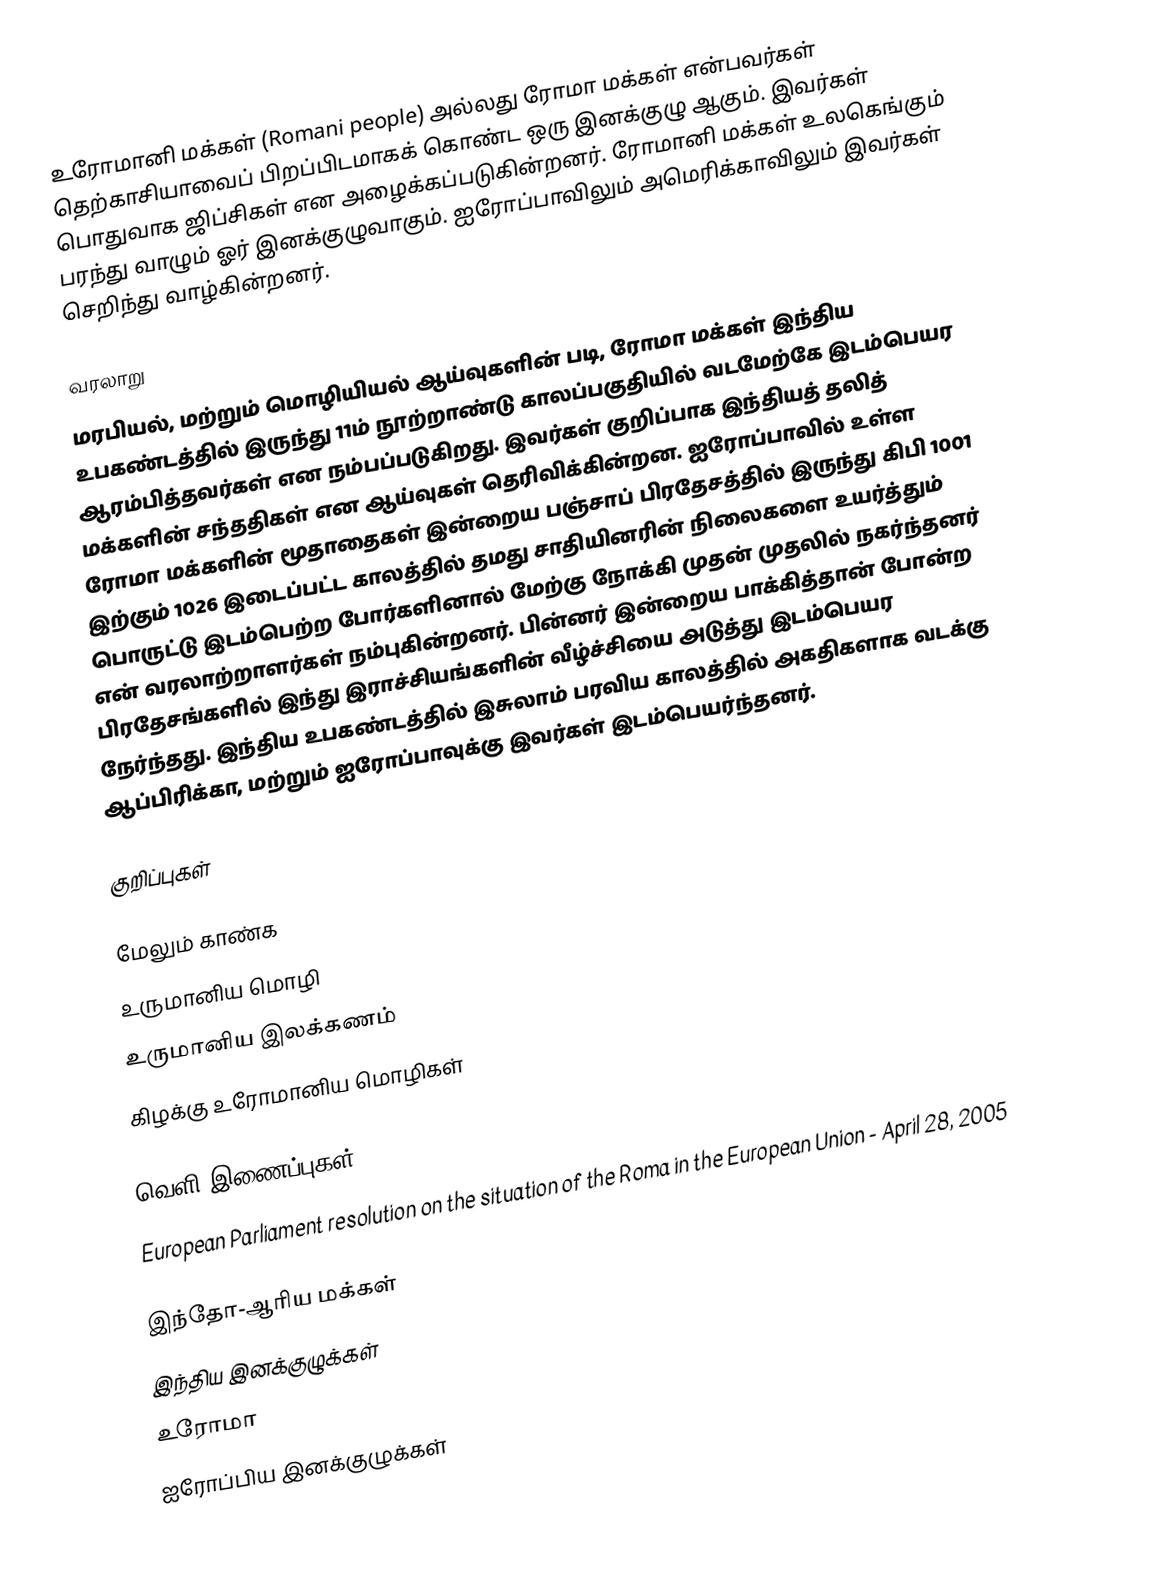
உரோமானி மக்கள் (Romani people) அல்லது ரோமா மக்கள் என்பவர்கள் தெற்காசியாவைப் பிறப்பிடமாகக் கொண்ட ஒரு இனக்குழு ஆகும். இவர்கள் பொதுவாக ஜிப்சிகள் என அழைக்கப்படுகின்றனர். ரோமானி மக்கள் உலகெங்கும் பரந்து வாழும் ஓர் இனக்குழுவாகும். ஐரோப்பாவிலும் அமெரிக்காவிலும் இவர்கள் செறிந்து வாழ்கின்றனர்.

வரலாறு
மரபியல், மற்றும் மொழியியல் ஆய்வுகளின் படி, ரோமா மக்கள் இந்திய உபகண்டத்தில் இருந்து 11ம் நூற்றாண்டு காலப்பகுதியில் வடமேற்கே இடம்பெயர ஆரம்பித்தவர்கள் என நம்பப்படுகிறது. இவர்கள் குறிப்பாக இந்தியத் தலித் மக்களின் சந்ததிகள் என ஆய்வுகள் தெரிவிக்கின்றன. ஐரோப்பாவில் உள்ள ரோமா மக்களின் மூதாதைகள் இன்றைய பஞ்சாப் பிரதேசத்தில் இருந்து கிபி 1001 இற்கும் 1026 இடைப்பட்ட காலத்தில் தமது சாதியினரின் நிலைகளை உயர்த்தும் பொருட்டு இடம்பெற்ற போர்களினால் மேற்கு நோக்கி முதன் முதலில் நகர்ந்தனர் என் வரலாற்றாளர்கள் நம்புகின்றனர். பின்னர் இன்றைய பாக்கித்தான் போன்ற பிரதேசங்களில் இந்து இராச்சியங்களின் வீழ்ச்சியை அடுத்து இடம்பெயர நேர்ந்தது. இந்திய உபகண்டத்தில் இசுலாம் பரவிய காலத்தில் அகதிகளாக வடக்கு ஆப்பிரிக்கா, மற்றும் ஐரோப்பாவுக்கு இவர்கள் இடம்பெயர்ந்தனர்.

குறிப்புகள்

மேலும் காண்க
 உருமானிய மொழி
 உருமானிய இலக்கணம்
 கிழக்கு உரோமானிய மொழிகள்

வெளி இணைப்புகள்
 European Parliament resolution on the situation of the Roma in the European Union  - April 28, 2005

இந்தோ-ஆரிய மக்கள்
இந்திய இனக்குழுக்கள்
உரோமா
ஐரோப்பிய இனக்குழுக்கள்